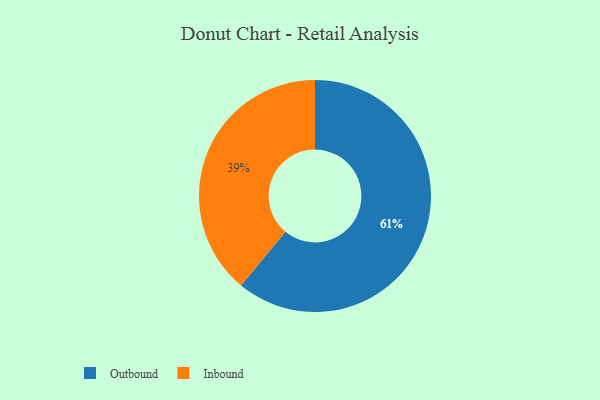
{"axis": {"x": "Category", "y": "Percentage"}, "legend": ["Inbound", "Outbound"], "data": [{"x": "Inbound", "y": 39, "type": "Inbound"}, {"x": "Outbound", "y": 61, "type": "Outbound"}]}